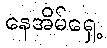
နေအိမ်ရှေ့